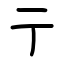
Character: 亍